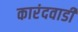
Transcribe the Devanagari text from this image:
कारंदवाडी